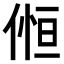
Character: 𠋧